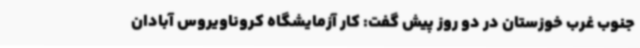
جنوب غرب خوزستان در دو روز پیش گفت: کار آزمایشگاه کروناویروس آبادان